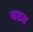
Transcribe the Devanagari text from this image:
वटत